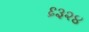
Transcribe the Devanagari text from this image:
६३२४